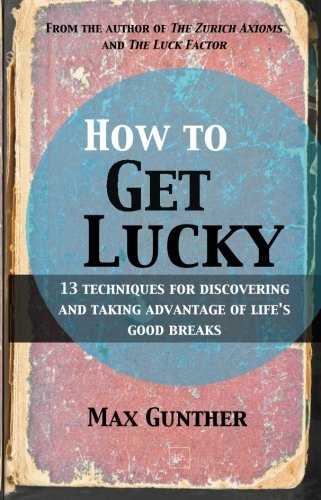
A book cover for How to Get Lucky: 13 techniques for discovering and taking advantage of life's good breaks; Max Gunther; Humor & Entertainment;